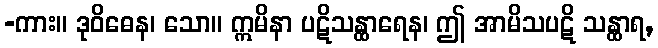
-ကား။ ဒုဝိဓေန၊ သော။ ဣမိနာ ပဋိသန္ထာရေန၊ ဤ အာမိသပဋိ သန္ထာရ,